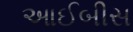
આઈબીસ